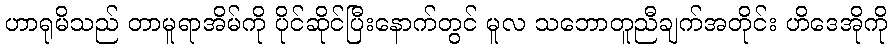
ဟာရုမိသည် တာမူရာအိမ်ကို ပိုင်ဆိုင်ပြီးနောက်တွင် မူလ သဘောတူညီချက်အတိုင်း ဟိဒေအိုကို